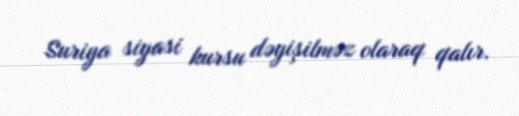
Suriya siyasi kursu dəyişilməz olaraq qalır.